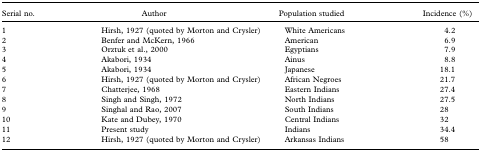
| Serial no. | Author | Population studied | Incidence (%) |
 | --- | --- | --- | --- |
 | 1 | Hirsh, 1927 (quoted by Morton and Crysler) | White Americans | 4.2 |
 | 2 | Benfer and McKern, 1966 | American | 6.9 |
 | 3 | Orztuk et al., 2000 | Egyptians | 7.9 |
 | 4 | Akabori, 1934 | Ainus | 8.8 |
 | 5 | Akabori, 1934 | Japanese | 18.1 |
 | 6 | Hirsh, 1927 (quoted by Morton and Crysler) | African Negroes | 21.7 |
 | 7 | Chatterjee, 1968 | Eastern Indians | 27.4 |
 | 8 | Singh and Singh, 1972 | North Indians | 27.5 |
 | 9 | Singhal and Rao, 2007 | South Indians | 28 |
 | 10 | Kate and Dubey, 1970 | Central Indians | 32 |
 | 11 | Present study | Indians | 34.4 |
 | 12 | Hirsh, 1927 (quoted by Morton and Crysler) | Arkansas Indians | 58 |